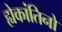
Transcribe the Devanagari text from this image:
ह्येकांतिनो